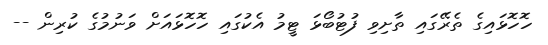
ހޮހޮޅައިގެ ތެރޭގައި ތާށިވި ފުޓުބޯޅަ ޓީމު އެކުގައި ހޮހޮޅައަށް ވަނުމުގެ ކުރިން --